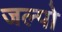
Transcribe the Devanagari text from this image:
जल्पो